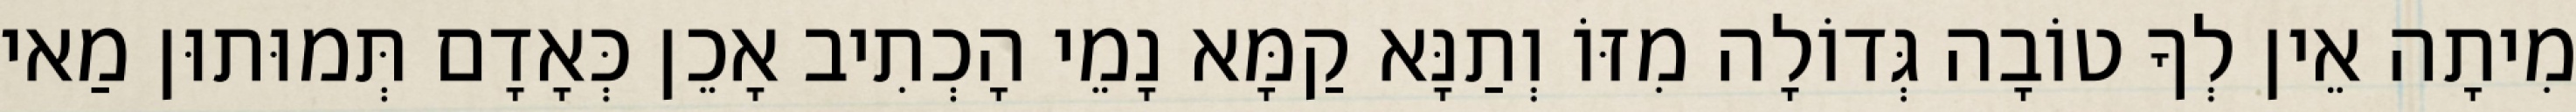
מִיתָה אֵין לְךָ טוֹבָה גְּדוֹלָה מִזּוֹ וְתַנָּא קַמָּא נָמֵי הָכְתִיב אָכֵן כְּאָדָם תְּמוּתוּן מַאי